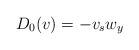
LaTeX: \begin{align*}D_0(v)=-v_s w_y\end{align*}